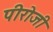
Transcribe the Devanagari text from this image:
पीरोजी